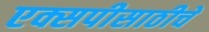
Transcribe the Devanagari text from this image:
एक्सपीसाठीचे